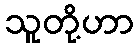
သူတို့ဟာ